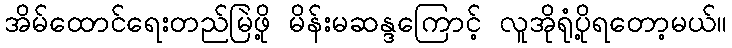
အိမ်ထောင်ရေးတည်မြဲဖို့ မိန်းမဆန္ဒကြောင့် လူအိုရုံပို့ရတော့မယ်။